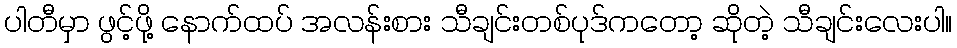
ပါတီမှာ ဖွင့်ဖို့ နောက်ထပ် အလန်းစား သီချင်းတစ်ပုဒ်ကတော့ ဆိုတဲ့ သီချင်းလေးပါ။